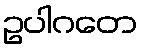
ဥပါဂတေ